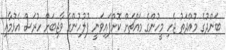
ބަންދުގެ މުއްދަތު ޖެހި މީހުންގެ މައްޗަށް ކޮށްފައިވަނީ ފުލުހުންގެ ވާޖިބަށް ހުރަސް އެޅުމާއި